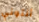
أنتوني